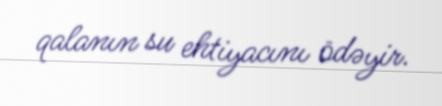
qalanın su ehtiyacını ödəyir.